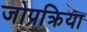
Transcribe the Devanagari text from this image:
जोप्रक्रिया